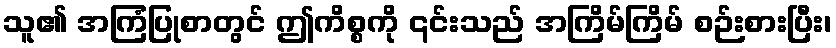
သူ၏ အကြံပြုစာတွင် ဤကိစ္စကို ၎င်းသည် အကြိမ်ကြိမ် စဉ်းစားပြီး၊